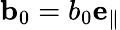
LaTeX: {\mathbf b}_{0}=b_{0}{\mathbf e_{\parallel}}